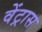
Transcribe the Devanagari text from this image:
वेंट्रास